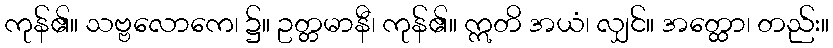
ကုန်၏။ သဗ္ဗလောကေ၊ ၌။ ဥတ္တမာနီ၊ ကုန်၏။ ဣတိ အယံ၊ လျှင်။ အတ္ထော၊ တည်း။